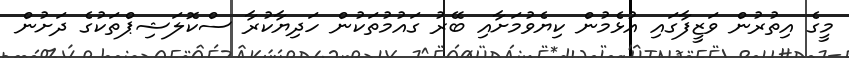
މީގެ އިތުރުން ވަޒީފާގައި އުޅެމުން ކިޔެވުމަށާއި ބޭރު ގައުމުތަކުން ހަދިޔާކުރާ ސްކޮލަޝިޕްތަކުގެ ދަށުން